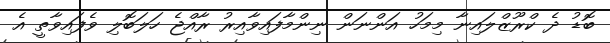
ބޮޑު ދެ ކްރޫޒްލައިނާ މިމަހު އަންނަން ނިންމާފައިވާއިރު ރާއްޖެ ހަލަބޮލި ވެފައިވާތީ އެ